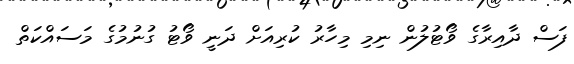
ފަސް ދާއިރާގެ ވޯޓުލުން ނިމި މިހާރު ކުރިއަށް ދަނީ ވޯޓު ގުނުމުގެ މަސައްކަތް